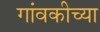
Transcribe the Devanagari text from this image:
गांवकीच्या